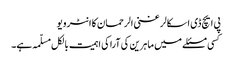
پی ایچ ڈی اسکالر غنی الرحمان کا انٹرویو
کسی مسئلے میں ماہرین کی آرا کی اہمیت بالکل مسلّمہ ہے۔